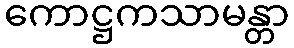
ကောဋ္ဌကသာမန္တာ